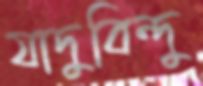
যাদুবিন্দু